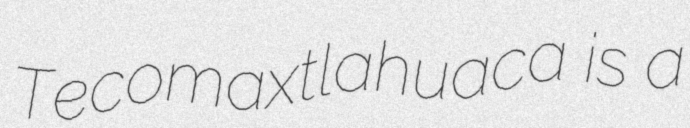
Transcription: Tecomaxtlahuaca is a